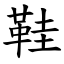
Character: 鞋